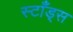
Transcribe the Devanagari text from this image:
स्टाँड्स